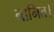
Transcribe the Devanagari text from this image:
नामित।